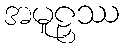
အမူဠှဿ